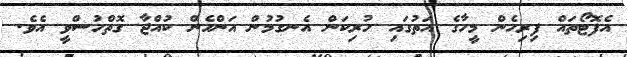
އެފޮޓޯތައް ފިރިހެން މީހާގެ އަތުގައި ހުރިކަން އެނގުމުން އަންހެން ކުއްޖާ ގޮތްހުސްވީ އެވެ.